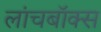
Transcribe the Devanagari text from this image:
लांचबॉक्स